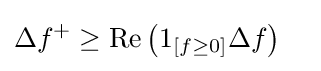
\Delta f^{+}\geq \operatorname {Re} \left(1_{[f\geq 0]}\Delta f\right)\quad